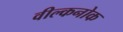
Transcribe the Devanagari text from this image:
वील्कनोक